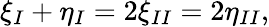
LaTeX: \xi_{I}+\eta_{I}=2\xi_{II}=2\eta_{II},